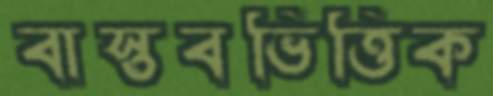
বাস্তবভিত্তিক